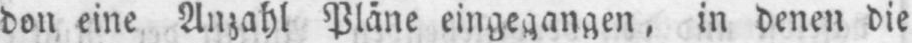
don eine Anzahl Pläne eingegangen, in denen die